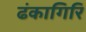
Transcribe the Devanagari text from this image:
ढंकागिरि